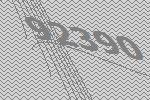
92390